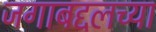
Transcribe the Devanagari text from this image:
जगाबद्दलच्या